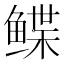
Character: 鲽